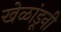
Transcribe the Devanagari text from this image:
खेळांडूनी